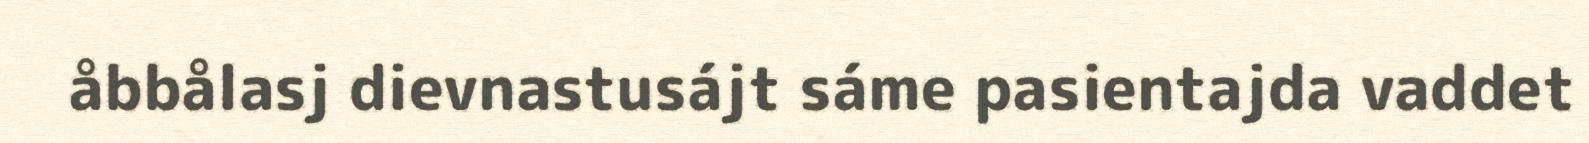
åbbålasj dievnastusájt sáme pasientajda vaddet